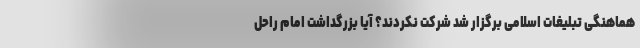
هماهنگی تبلیغات اسلامی برگزار شد شرکت نکردند؟ آیا بزرگداشت امام راحل